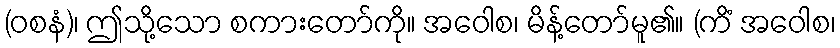
(ဝစနံ)၊ ဤသို့သော စကားတော်ကို။ အဝေါစ၊ မိန့်တော်မူ၏။ (ကိံ အဝေါစ၊